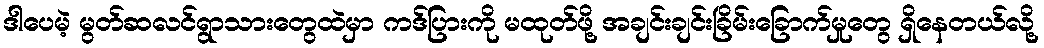
ဒါပေမဲ့ မွတ်ဆလင်ရွာသားတွေထဲမှာ ကဒ်ပြားကို မထုတ်ဖို့ အချင်းချင်းခြိမ်းခြောက်မှုတွေ ရှိနေတယ်လို့